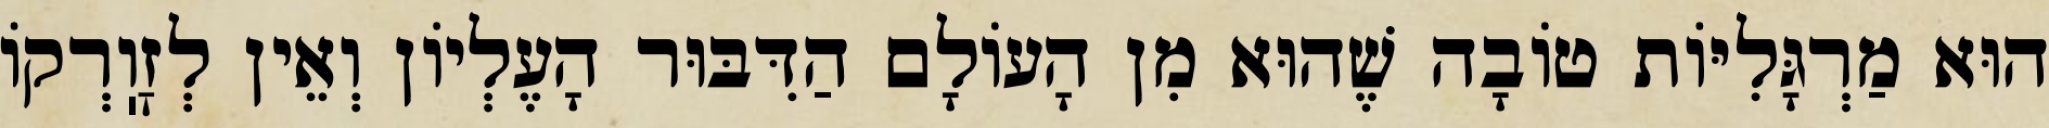
הוּא מַרְגָּלִיּוֹת טוֹבָה שֶׁהוּא מִן הָעוֹלָם הַדִּבּוּר הָעֶלְיוֹן וְאֵין לְזׇוֽרְקוֹ